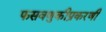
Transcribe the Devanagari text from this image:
फसवणुकीप्रकरणी